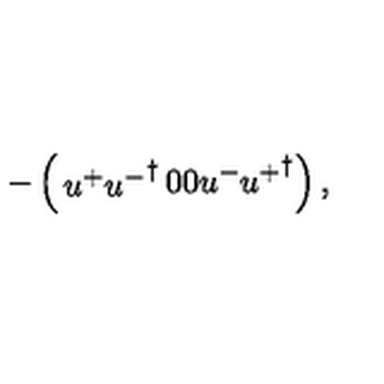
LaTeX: - \left( \begin{matrix} { u ^ { + } { u ^ { - } } ^ { \dagger } } & { } & { 0 } \\ { 0 } & { } & { u ^ { - } { u ^ { + } } ^ { \dagger } } \\ \end{matrix} \right) ,